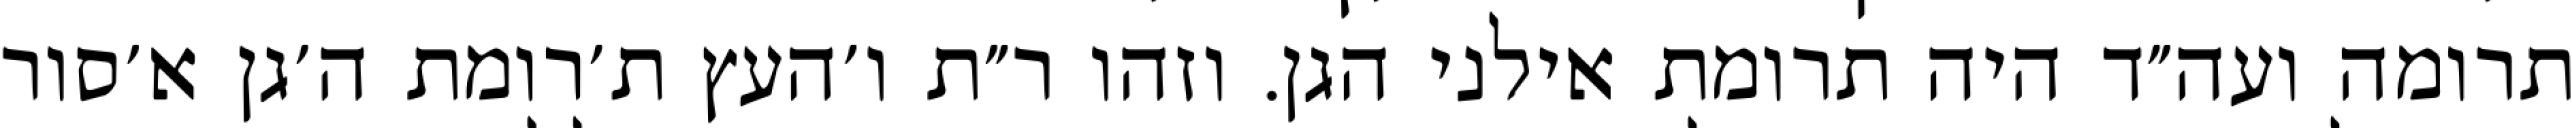
תרומה ועה״ד היה תרומת אילני הגן. וזהו ר״ת ו׳העץ ת׳רומת ה׳גן א׳סור